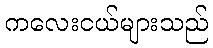
ကလေးငယ်များသည်